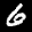
Label: 6